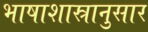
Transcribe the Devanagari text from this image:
भाषाशास्रानुसार